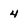
Character: 4